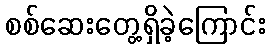
စစ်ဆေးတွေ့ရှိခဲ့ကြောင်း